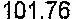
101.76